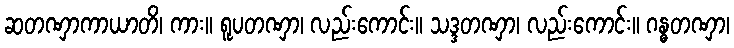
ဆတဏှာကာယာတိ၊ ကား။ ရူပတဏှာ၊ လည်းကောင်း။ သဒ္ဒတဏှာ၊ လည်းကောင်း။ ဂန္ဓတဏှာ၊